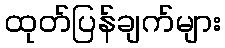
ထုတ်ပြန်ချက်များ